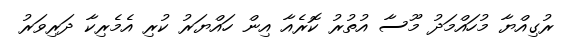
ރުގިއްޔާ މުހައްމަދު މޫސާ އުތުރު ކޮރެއާ އިން ހައްޔަރު ކުރި އެމެރިކާ ދަރިވަރު